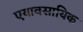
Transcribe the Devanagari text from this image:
एयावसायिक